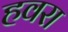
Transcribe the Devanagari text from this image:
हवरा